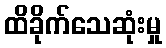
ထိခိုက်သေဆုံးမှု